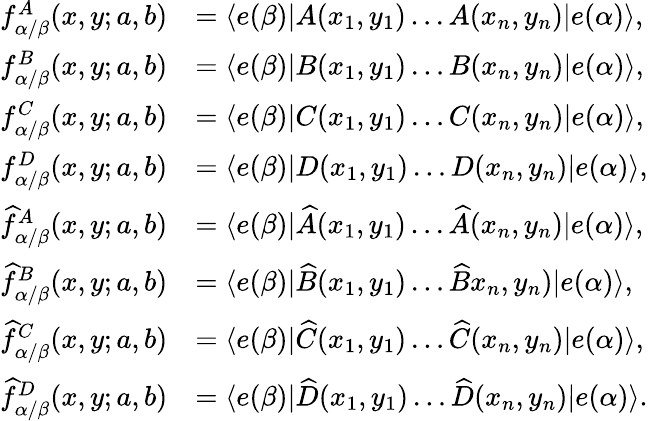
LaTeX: \begin{array}{rl}{f_{\alpha/\beta}^{A}(x,y;a,b)}&{=\langle e(\beta)|A(x_{1},y_{1})\dots A(x_{n},y_{n})|e(\alpha)\rangle,}\\ {f_{\alpha/\beta}^{B}(x,y;a,b)}&{=\langle e(\beta)|B(x_{1},y_{1})\dots B(x_{n},y_{n})|e(\alpha)\rangle,}\\ {f_{\alpha/\beta}^{C}(x,y;a,b)}&{=\langle e(\beta)|C(x_{1},y_{1})\dots C(x_{n},y_{n})|e(\alpha)\rangle,}\\ {f_{\alpha/\beta}^{D}(x,y;a,b)}&{=\langle e(\beta)|D(x_{1},y_{1})\dots D(x_{n},y_{n})|e(\alpha)\rangle,}\\ {\widehat{f}_{\alpha/\beta}^{A}(x,y;a,b)}&{=\langle e(\beta)|\widehat{A}(x_{1},y_{1})\dots\widehat{A}(x_{n},y_{n})|e(\alpha)\rangle,}\\ {\widehat{f}_{\alpha/\beta}^{B}(x,y;a,b)}&{=\langle e(\beta)|\widehat{B}(x_{1},y_{1})\dots\widehat{B}x_{n},y_{n})|e(\alpha)\rangle,}\\ {\widehat{f}_{\alpha/\beta}^{C}(x,y;a,b)}&{=\langle e(\beta)|\widehat{C}(x_{1},y_{1})\dots\widehat{C}(x_{n},y_{n})|e(\alpha)\rangle,}\\ {\widehat{f}_{\alpha/\beta}^{D}(x,y;a,b)}&{=\langle e(\beta)|\widehat{D}(x_{1},y_{1})\dots\widehat{D}(x_{n},y_{n})|e(\alpha)\rangle.}\end{array}